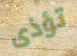
تؤذى